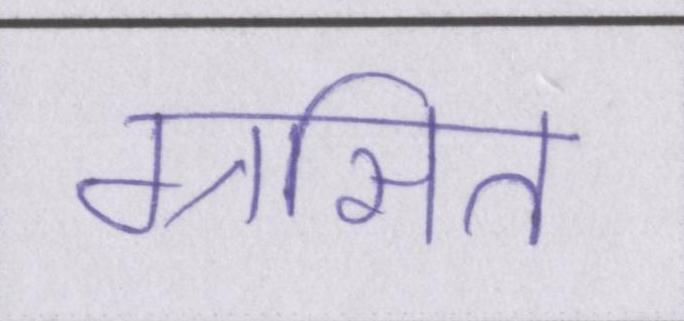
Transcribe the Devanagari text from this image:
ग्रसित